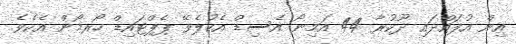
އިން އުފައްދައި ދޫކުރާ 44 އަމިނޯ އެސިޑް އެކުލެވޭ ޕެޕްޓައިޑް ހޯރމޯން އެކެވެ.